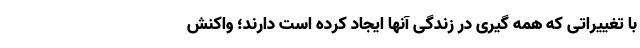
با تغییراتی که همه گیری در زندگی آنها ایجاد کرده است دارند؛ واکنش